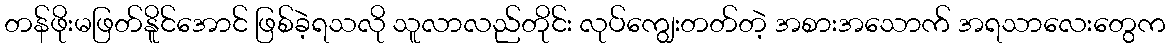
တန်ဖိုးမဖြတ်နိူင်အောင် ဖြစ်ခဲ့ရသလို သူလာလည်တိုင်း လုပ်ကျွေးတတ်တဲ့ အစားအသောက် အရသာလေးတွေက